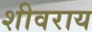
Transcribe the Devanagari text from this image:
शीवराय